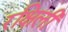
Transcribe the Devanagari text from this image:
रक्षिली